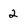
Character: 2